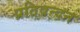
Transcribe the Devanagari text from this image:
प्रतिवन्दन